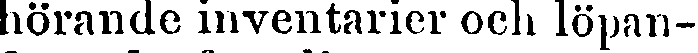
hörande inventarier och löpan-